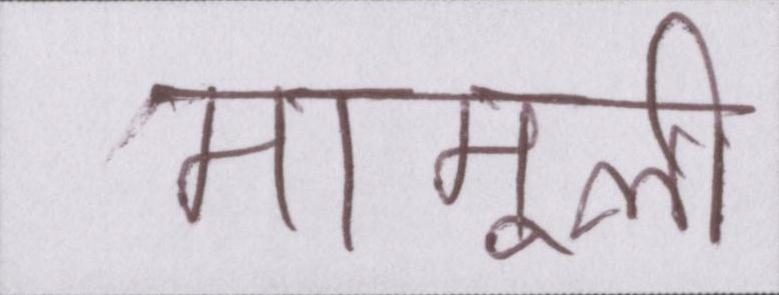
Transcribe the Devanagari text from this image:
मामूली